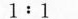
1:1